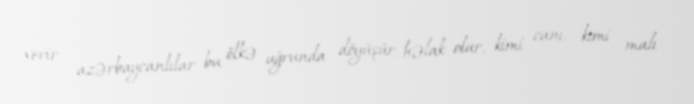
verir, azərbaycanlılar bu ölkə uğrunda döyüşür, həlak olur, kimi canı, kimi malı